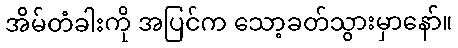
အိမ်တံခါးကို အပြင်က သော့ခတ်သွားမှာနော်။